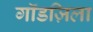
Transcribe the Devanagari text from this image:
गॉडज़िला